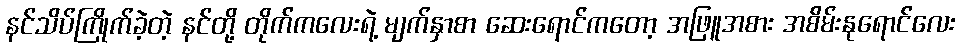
နင်သိပ်ကြိုက်ခဲ့တဲ့ နင်တို့ တိုက်ကလေးရဲ့ မျက်နှာစာ ဆေးရောင်ကတော့ အဖြူအစား အစိမ်းနုရောင်လေး